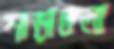
শাড়াতলা